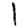
Digit: 1